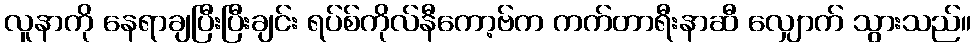
လူနာကို နေရာချပြီးပြီးချင်း ရပ်စ်ကိုလ်နီကော့ဗ်က ကက်တာရီးနာဆီ လျှောက် သွားသည်။